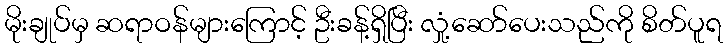
မိုးချုပ်မှ ဆရာဝန်များကြောင့် ဦးခန့်ရှိပြီး လှုံ့ဆော်ပေးသည်ကို စိတ်ပူရ